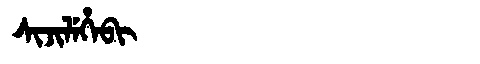
Manchu: ᠰᡳᠵᡳᠯᡝᡥᡝᠪᡳ
Romanization: SIJILEHEBI